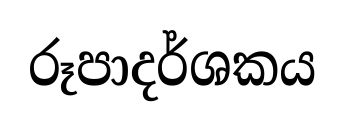
රූපාදර්ශකය